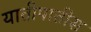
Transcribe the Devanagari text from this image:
यातीपातीस